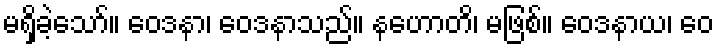
မရှိခဲ့သော်။ ဝေဒနာ၊ ဝေဒနာသည်။ နဟောတိ၊ မဖြစ်။ ဝေဒနာယ၊ ဝေ